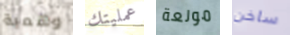
وهمية عمليتك مولعة ساخن